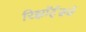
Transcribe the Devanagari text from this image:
रिझॉर्ट्‌सचे